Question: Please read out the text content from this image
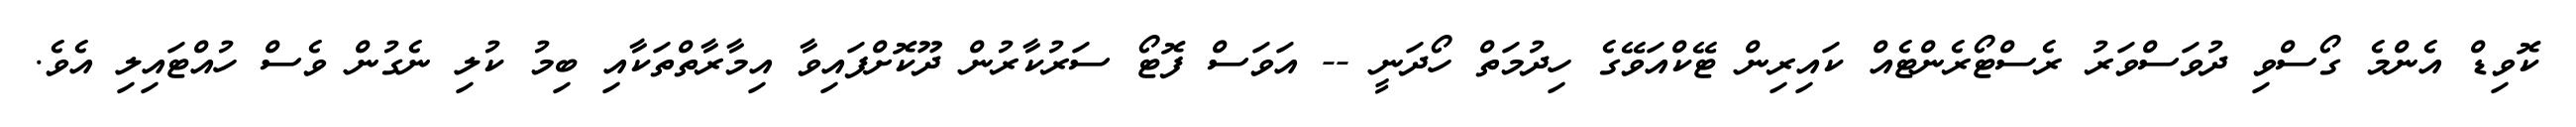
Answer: ކޮވިޑް އެންމެ ގޯސްވި ދުވަސްވަރު ރެސްޓޯރެންޓެއް ކައިރިން ޓޭކްއަވޭގެ ހިދުމަތް ހޯދަނީ -- އަވަސް ފޮޓޯ ސަރުކާރުން ދޫކޮށްފައިވާ އިމާރާތްތަކާއި ބިމު ކުލި ނެގުން ވެސް ހުއްޓައިލި އެވެ.